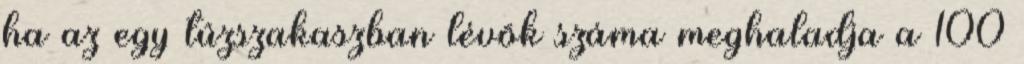
ha az egy tûzszakaszban lévõk száma meghaladja a 100